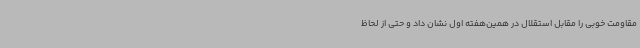
مقاومت خوبی را مقابل استقلال در همین‌هفته اول نشان داد و حتی از لحاظ